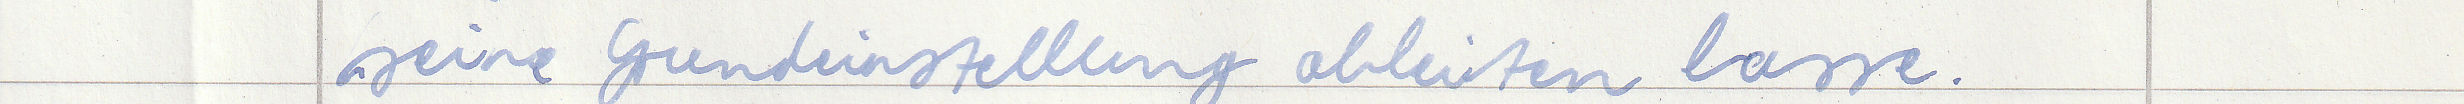
seine Grundeinstellung ableiten lasse.